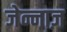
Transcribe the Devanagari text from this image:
जेन्नाज़